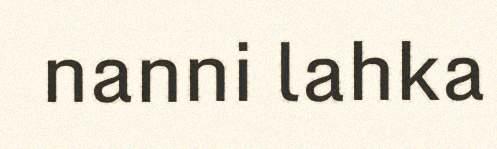
nanni lahka